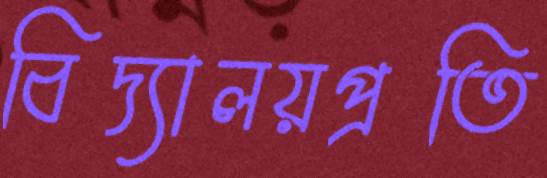
বিদ্যালয়প্রতি